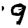
Digit: 9